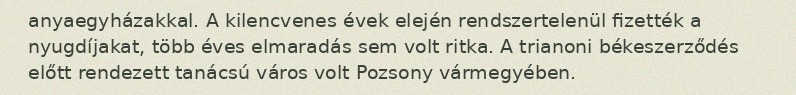
anyaegyházakkal. A kilencvenes évek elején rendszertelenül fizették a nyugdíjakat, több éves elmaradás sem volt ritka. A trianoni békeszerződés előtt rendezett tanácsú város volt Pozsony vármegyében.